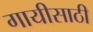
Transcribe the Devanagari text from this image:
गायीसाठी